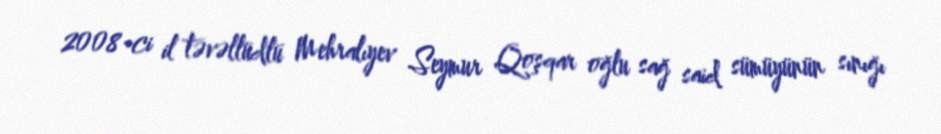
2008-ci il təvəllüdlü Mehralıyev Seymur Qoşqar oğlu sağ said sümüyünün sınığı